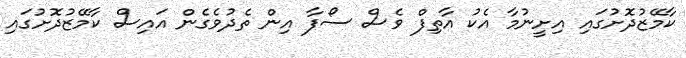
ކާމޭޒުދޮށުގައި އިށީނުމާ އެކު އާތިފް ވެސް ސޯފާ އިން ތެދުވެގެން އައިސް ކާމޭޒުދޮށުގައި